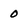
Character: O